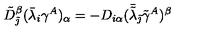
\tilde { D } _ { \tilde { \jmath } } ^ { \beta } ( \bar { \lambda } _ { i } \gamma ^ { A } ) _ { \alpha } = - D _ { i \alpha } ( \bar { \tilde { \lambda } } _ { \tilde { \jmath } } \tilde { \gamma } ^ { A } ) ^ { \beta }